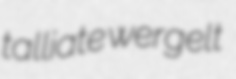
talliate wergelt